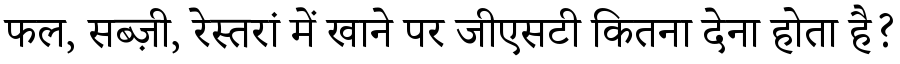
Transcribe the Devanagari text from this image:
फल, सब्ज़ी, रेस्तरां में खाने पर जीएसटी कितना देना होता है?